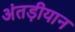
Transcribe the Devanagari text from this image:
अंतड़ीयान